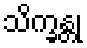
သိက္ခန္တု